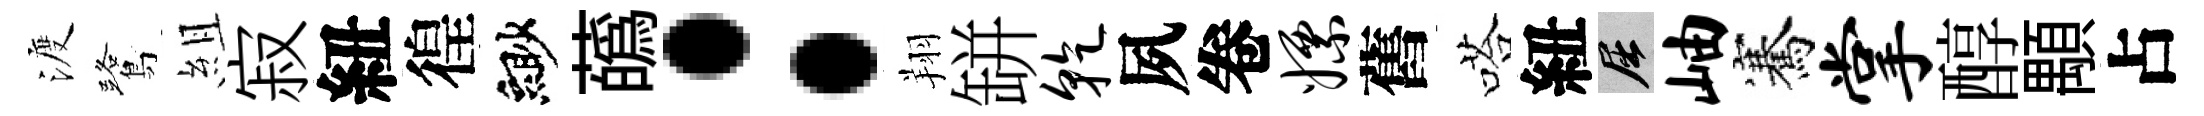
渡鷺組寂紐徨緲蘤：翔缾干夙卷嫖舊嗒紐屈岫騫掌醇顒占